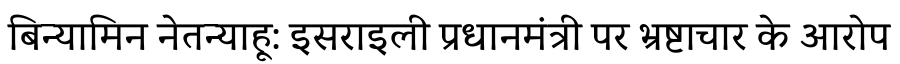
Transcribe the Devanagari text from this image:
बिन्यामिन नेतन्याहू: इसराइली प्रधानमंत्री पर भ्रष्टाचार के आरोप